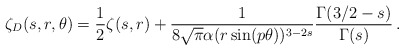
\begin{align*}\zeta_D(s,r,\theta)=\frac{1}{2}\zeta(s,r)+\frac{1}{8\sqrt \pi \alpha(r \sin(p\theta))^{3-2s}}\frac{\Gamma(3/2-s)}{\Gamma(s)}\,{.}\end{align*}